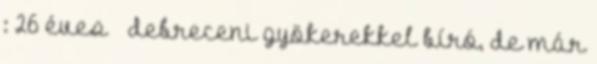
: 26 éves debreceni gyökerekkel bíró, de már